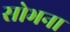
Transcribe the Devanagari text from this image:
सोभना